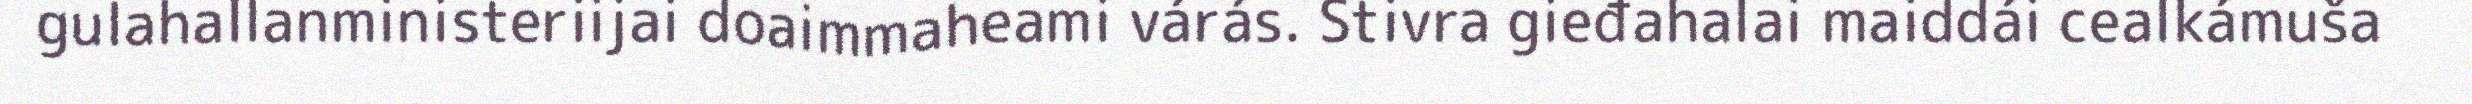
gulahallanministeriijai doaimmaheami várás. Stivra gieđahalai maiddái cealkámuša